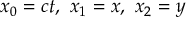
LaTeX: x _ { 0 } = c t , \ x _ { 1 } = x , \ x _ { 2 } = y